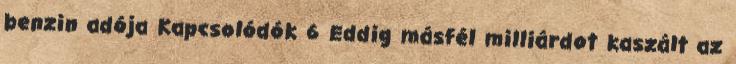
benzin adója Kapcsolódók 6 Eddig másfél milliárdot kaszált az